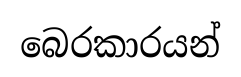
බෙරකාරයන්